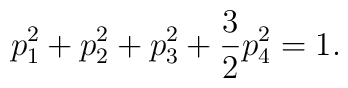
p_1^2 + p_2^2 + p_3^2 + \frac{3}{2}p_4^2 = 1 .